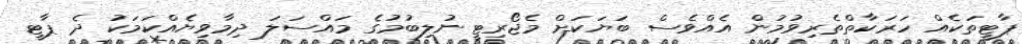
ޕާޓީތަކެއް ހަރަކާތްތެރިވުމުން އެއްވެސް ބަޔަކަށް މެޖޯރިޓީ ނުލިބުމުގެ މައްސަލަ ދިމާވިޔެއްކަމަކު ދެ ޕާޓީ